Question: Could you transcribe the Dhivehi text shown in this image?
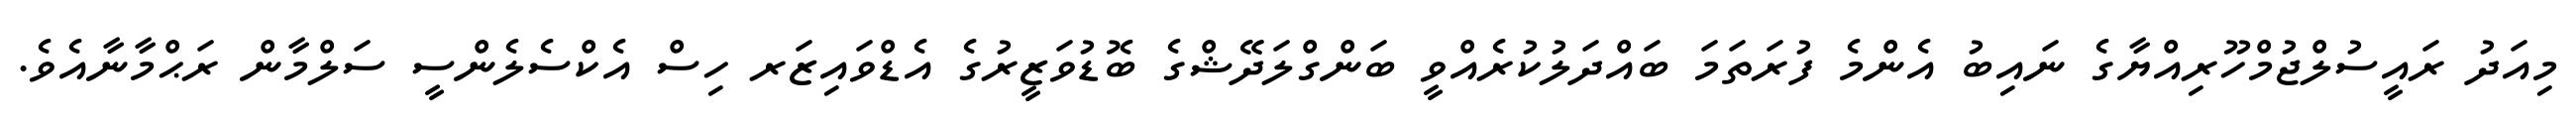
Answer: މިއަދު ރައީސުލްޖުމްހޫރިއްޔާގެ ނައިބު އެންމެ ފުރަތަމަ ބައްދަލުކުރެއްވީ ބަންގްލަދޭޝްގެ ބޮޑުވަޒީރުގެ އެޑްވައިޒަރ ހިސް އެކްސެލެންސީ ސަލްމާން ރަޙްމާނާއެވެ.